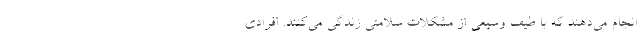
انجام می‌دهند که با طیف وسیعی از مشکلات سلامتی زندگی می‌کنند. افرادی